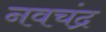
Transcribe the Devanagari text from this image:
नवचंद्र